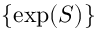
\{ \exp ( S ) \}